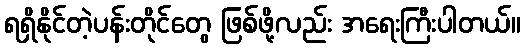
ရရှိနိုင်တဲ့ပန်းတိုင်တွေ ဖြစ်ဖို့လည်း အရေးကြီးပါတယ်။